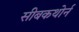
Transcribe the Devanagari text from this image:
सीबकथोर्न